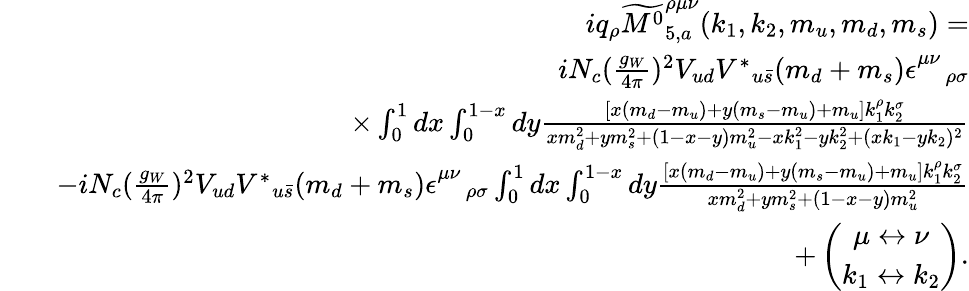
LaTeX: \begin{array}{rlr}&{}&{iq_{\rho}\widetilde{{M^{0}}}_{5,a}^{\rho\mu\nu}(k_{1},k_{2},m_{u},m_{d},m_{s})=}\\ &{}&{iN_{c}(\frac{g_{W}}{4\pi})^{2}V_{ud}{V^{\ast}}_{u\bar{s}}(m_{d}+m_{s})\epsilon_{\quad\rho\sigma}^{\mu\nu}}\\ &{}&{\times\int_{0}^{1}dx\int_{0}^{1-x}dy\frac{\left[x(m_{d}-m_{u})+y(m_{s}-m_{u})+m_{u}\right]k_{1}^{\rho}k_{2}^{\sigma}}{xm_{d}^{2}+ym_{s}^{2}+(1-x-y)m_{u}^{2}-xk_{1}^{2}-yk_{2}^{2}+(xk_{1}-yk_{2})^{2}}}\\ &{}&{-iN_{c}(\frac{g_{W}}{4\pi})^{2}V_{ud}{V^{\ast}}_{u\bar{s}}(m_{d}+m_{s})\epsilon_{\quad\rho\sigma}^{\mu\nu}\int_{0}^{1}dx\int_{0}^{1-x}dy\frac{\left[x(m_{d}-m_{u})+y(m_{s}-m_{u})+m_{u}\right]k_{1}^{\rho}k_{2}^{\sigma}}{xm_{d}^{2}+ym_{s}^{2}+(1-x-y)m_{u}^{2}}}\\ &{}&{+\left(\begin{array}{c}{\mu\leftrightarrow\nu}\\ {k_{1}\leftrightarrow k_{2}}\end{array}\right).}\end{array}